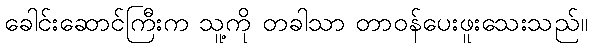
ခေါင်းဆောင်ကြီးက သူ့ကို တခါသာ တာဝန်ပေးဖူးသေးသည်။